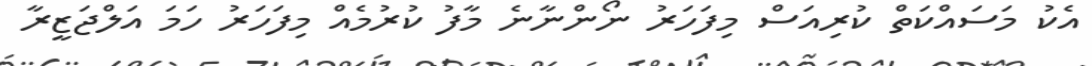
އެކު މަސައްކަތް ކުރިއަސް މިފަހަރު ނޯންނާނެ މާފު ކުރުމެއް މިފަހަރު ހަމަ އަލްޖަޒީރާ